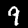
Label: 9